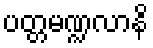
ပတ္တမဏ္ဍလာနိ